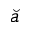
\breve { a }